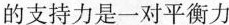
的支持力是一对平衡力